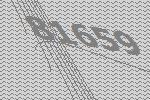
81659